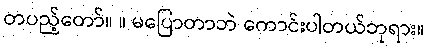
တပည့်တော်။ ။ မပြောတာဘဲ ကောင်းပါတယ်ဘုရား။